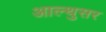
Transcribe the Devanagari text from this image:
आल्थुसर